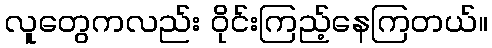
လူတွေကလည်း ဝိုင်းကြည့်နေကြတယ်။